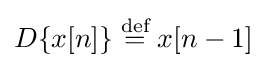
D\{x[n]\}\mathrel {\stackrel {\text{def}}{=}} x[n-1]